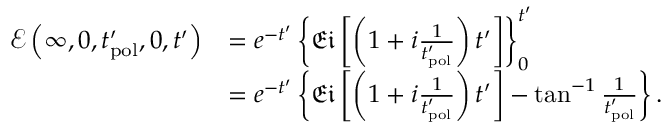
\begin{array} { r l } { \mathcal { E } \left( \infty , 0 , t _ { \mathrm { p o l } } ^ { \prime } , 0 , t ^ { \prime } \right) } & { = e ^ { - t ^ { \prime } } \left\{ \mathfrak { E i } \left[ \left( 1 + i \frac { 1 } { t _ { \mathrm { p o l } } ^ { \prime } } \right) t ^ { \prime } \right] \right\} _ { 0 } ^ { t ^ { \prime } } } \\ & { = e ^ { - t ^ { \prime } } \left\{ \mathfrak { E i } \left[ \left( 1 + i \frac { 1 } { t _ { \mathrm { p o l } } ^ { \prime } } \right) t ^ { \prime } \right] - \tan ^ { - 1 } { \frac { 1 } { t _ { \mathrm { p o l } } ^ { \prime } } } \right\} . } \end{array}